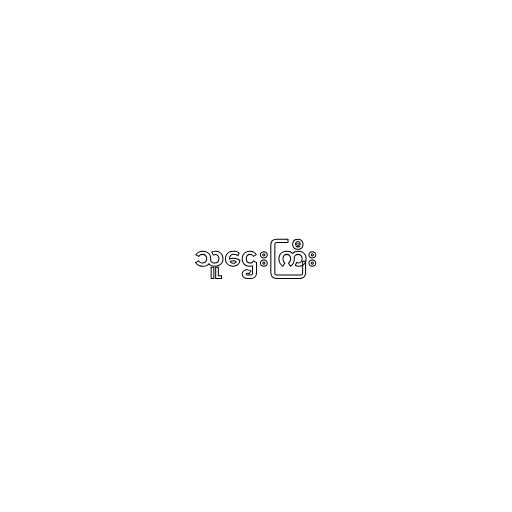
သူဌေးကြီး